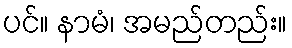
ပင်။ နာမံ၊ အမည်တည်း။